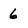
Character: 6